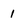
Character: 1